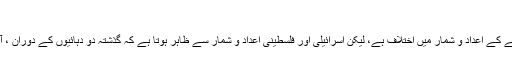
‘‘
یہودی بستیوں کی آبادی میں اضافے کے اعداد و شمار میں اختلاف ہے، لیکن اسرائیلی اور فلسطینی اعداد و شمار سے ظاہر ہوتا ہے کہ گذشتہ دو دہائیوں کے دوران ، آبادی میں زبردست اضافہ ہوا ہے ۔